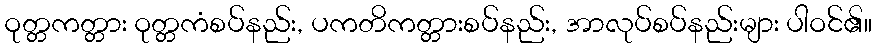
ဝုတ္တကတ္တား ဝုတ္တကံစပ်နည်း, ပကတိကတ္တားစပ်နည်း, အာလုပ်စပ်နည်းများ ပါဝင်၏။